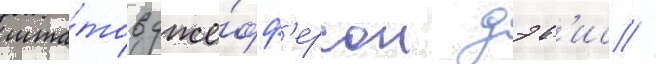
шта́тов дже́фф'ерсон дэв'ис //